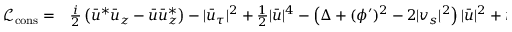
\begin{array} { r l } { { \mathcal { L } } _ { \mathrm { c o n s } } = } & { { } \frac { i } { 2 } \left( \bar { u } ^ { * } \bar { u } _ { z } - \bar { u } \bar { u } _ { z } ^ { * } \right) - | \bar { u } _ { \tau } | ^ { 2 } + \frac { 1 } { 2 } | \bar { u } | ^ { 4 } - \left( \Delta + ( \phi ^ { \prime } ) ^ { 2 } - 2 | v _ { s } | ^ { 2 } \right) | \bar { u } | ^ { 2 } + i \phi ^ { \prime } \left( \bar { u } ^ { * } \bar { u } _ { \tau } - \bar { u } \bar { u } _ { \tau } ^ { * } \right) . } \end{array}